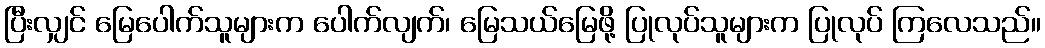
ပြီးလျှင် မြေပေါက်သူများက ပေါက်လျက်၊ မြေသယ်မြေဖို့ ပြုလုပ်သူများက ပြုလုပ် ကြလေသည်။